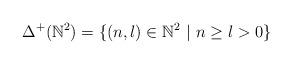
LaTeX: \begin{align*}\Delta^{+}(\mathbb{N}^{2})=\{(n,l)\in\mathbb{N}^{2}\ |\ n\geq l>0\}\end{align*}